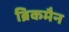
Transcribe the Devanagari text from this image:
ब्रिकमैन